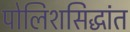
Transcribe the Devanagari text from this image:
पोलिशसिद्धांत